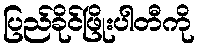
ပြည်ခိုင်ဖြိုးပါတီကို